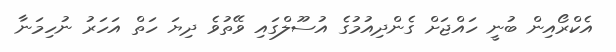
އެކްރޯއިން ބުނީ ހައްޖަށް ގެންދިއުމުގެ އުސޫލްގައި ވޭތުވެ ދިޔަ ހަތް އަހަރު ނުހިމަނާ